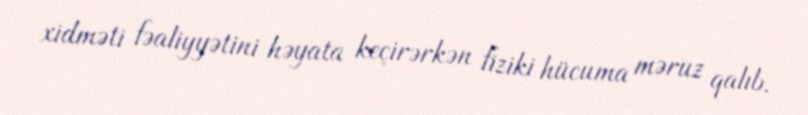
xidməti fəaliyyətini həyata keçirərkən fiziki hücuma məruz qalıb.